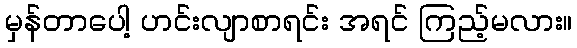
မှန်တာပေါ့ ဟင်းလျာစာရင်း အရင် ကြည့်မလား။